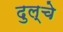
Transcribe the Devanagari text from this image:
दुल्चे